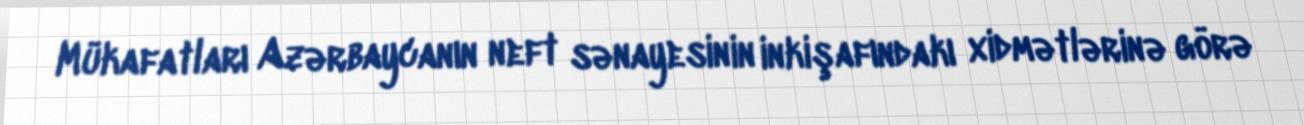
Mükafatları Azərbaycanın neft sənayesinin inkişafındakı xidmətlərinə görə